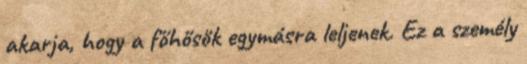
akarja, hogy a főhősök egymásra leljenek. Ez a személy